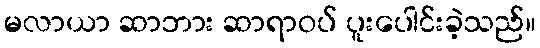
မလာယာ ဆာဘား ဆာရာဝပ် ပူးပေါင်းခဲ့သည်။